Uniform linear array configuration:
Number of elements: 48
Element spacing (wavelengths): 0.75
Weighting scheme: hamming
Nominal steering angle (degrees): -30
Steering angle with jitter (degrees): -30.151
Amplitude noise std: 0.05
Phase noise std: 0.05

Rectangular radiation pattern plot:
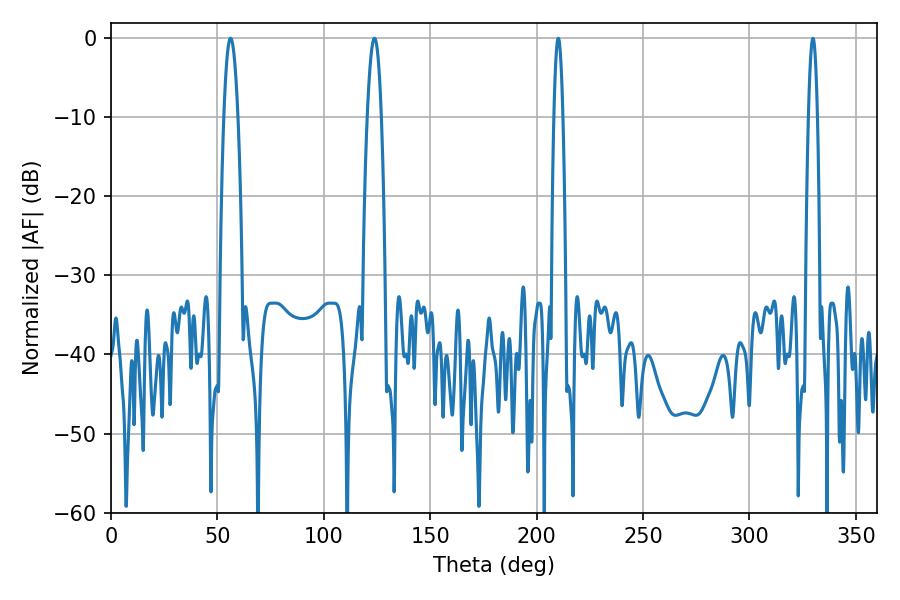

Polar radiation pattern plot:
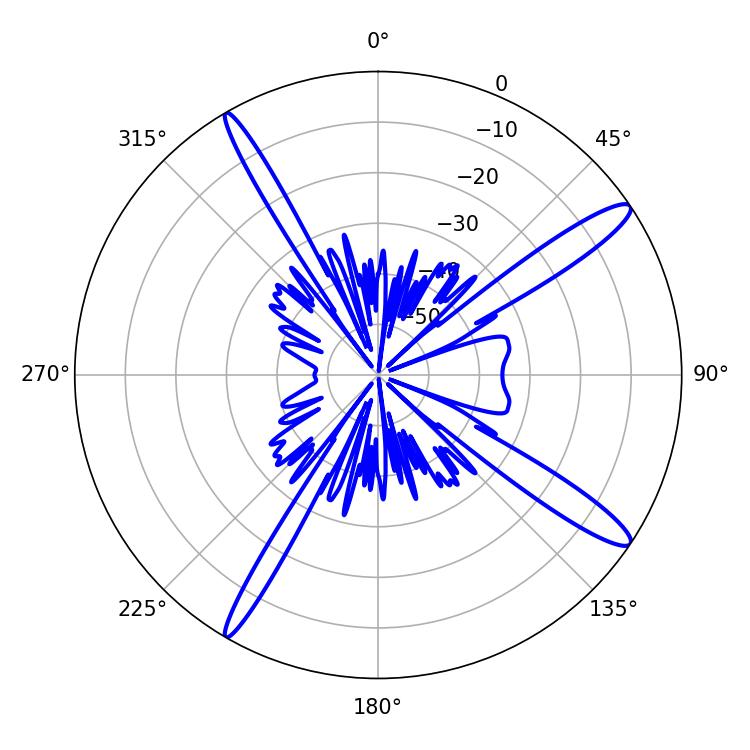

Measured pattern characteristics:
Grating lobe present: TRUE
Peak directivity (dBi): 14.533
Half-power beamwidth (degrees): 3.6
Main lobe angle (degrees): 56.16